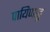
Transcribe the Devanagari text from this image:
पायिप्पाट्टु